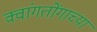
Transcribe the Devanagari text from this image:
क्वांगतोंगाच्या